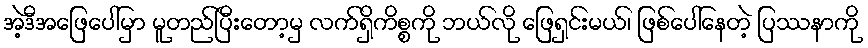
အဲ့ဒီအဖြေပေါ်မှာ မူတည်ပြီးတော့မှ လက်ရှိကိစ္စကို ဘယ်လို ဖြေရှင်းမယ်၊ ဖြစ်ပေါ်နေတဲ့ ပြဿနာကို